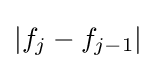
|f_{j}-f_{j-1}|